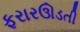
ફરારઊડતી